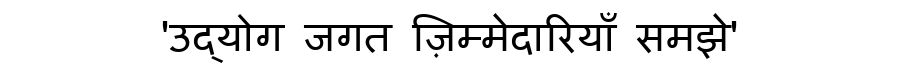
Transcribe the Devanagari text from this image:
'उद्योग जगत ज़िम्मेदारियाँ समझे'